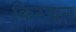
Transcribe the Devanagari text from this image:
किरचन